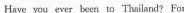
Have you ever been to Thailand?For